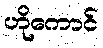
ဟိုကောင်